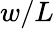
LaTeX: w/L